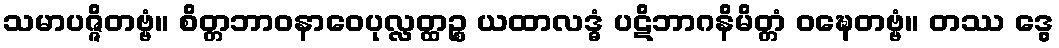
သမာပဇ္ဇိတဗ္ဗံ။ စိတ္တဘာဝနာဝေပုလ္လတ္ထဉ္စ ယထာလဒ္ဓံ ပဋိဘာဂနိမိတ္တံ ဝဍ္ဎေတဗ္ဗံ။ တဿ ဒွေ